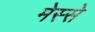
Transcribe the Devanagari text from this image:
मेस्से